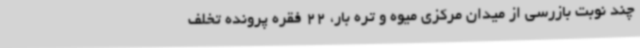
چند نوبت بازرسی از میدان مرکزی میوه و تره بار، 22 فقره پرونده تخلف